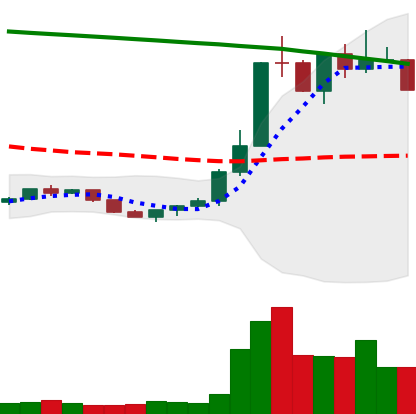
Ticker: ETC-USD
Chart end date: 2022-07-25
Forward return: 67.207%
Label: up_7plus